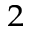
\sb { 2 }